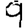
Digit: 9